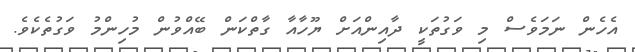
އެހެން ނަމަވެސް މި ވަގުތަކީ ދާއިންއަށް ޔޫހާއާ ގާތްކަން ބޭއްވުން މުހިންމު ވަގުތެކެވެ.